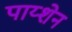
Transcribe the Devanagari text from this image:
पाय्शेन